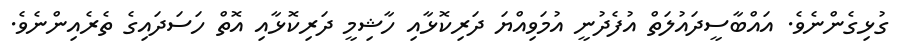
ގުޅިގެންނެވެ. އައްބާސީދައުލަތް އުފެދުނީ އުމަވިއްޔަ ދަރިކޮޅާއި ހާޝިމީ ދަރިކޮޅާއި އޮތް ހަސަދައިގެ ތެރެއިންނެވެ.